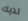
لديك